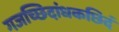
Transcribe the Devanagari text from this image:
गजच्छिदांधकछिदं